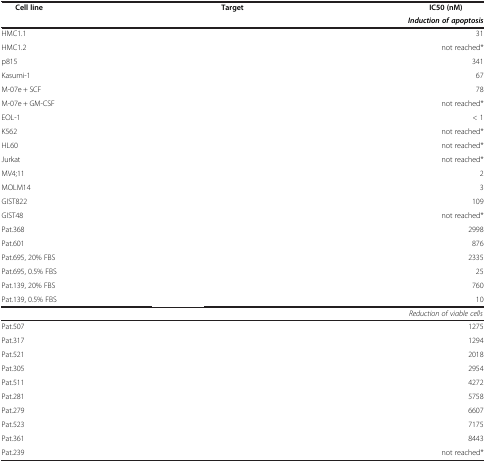
<table><thead><tr><td><b>Cell line</b></td><td><b>Target</b></td><td><b>IC50 (nM)</b></td></tr><tr><td>[EMPTY_CELL]</td><td>[EMPTY_CELL]</td><td><b><i>Induction of apoptosis</i></b></td></tr></thead><tbody><tr><td>HMC1.1</td><td>[EMPTY_CELL]</td><td>31</td></tr><tr><td>HMC1.2</td><td>[EMPTY_CELL]</td><td>not reached*</td></tr><tr><td>p815</td><td>[EMPTY_CELL]</td><td>341</td></tr><tr><td>Kasumi-1</td><td>[EMPTY_CELL]</td><td>67</td></tr><tr><td>M-07e + SCF</td><td>[EMPTY_CELL]</td><td>78</td></tr><tr><td>M-07e + GM-CSF</td><td>[EMPTY_CELL]</td><td>not reached*</td></tr><tr><td>EOL-1</td><td>[EMPTY_CELL]</td><td>&lt; 1</td></tr><tr><td>K562</td><td>[EMPTY_CELL]</td><td>not reached*</td></tr><tr><td>HL60</td><td>[EMPTY_CELL]</td><td>not reached*</td></tr><tr><td>Jurkat</td><td>[EMPTY_CELL]</td><td>not reached*</td></tr><tr><td>MV4;11</td><td>[EMPTY_CELL]</td><td>2</td></tr><tr><td>MOLM14</td><td>[EMPTY_CELL]</td><td>3</td></tr><tr><td>GIST822</td><td>[EMPTY_CELL]</td><td>109</td></tr><tr><td>GIST48</td><td>[EMPTY_CELL]</td><td>not reached*</td></tr><tr><td>Pat.368</td><td>[EMPTY_CELL]</td><td>2998</td></tr><tr><td>Pat.601</td><td>[EMPTY_CELL]</td><td>876</td></tr><tr><td>Pat.695, 20% FBS</td><td>[EMPTY_CELL]</td><td>2335</td></tr><tr><td>Pat.695, 0.5% FBS</td><td>[EMPTY_CELL]</td><td>25</td></tr><tr><td>Pat.139, 20% FBS</td><td>[EMPTY_CELL]</td><td>760</td></tr><tr><td>Pat.139, 0.5% FBS</td><td>[EMPTY_CELL]</td><td>10</td></tr><tr><td>[EMPTY_CELL]</td><td>[EMPTY_CELL]</td><td><i>Reduction of viable cells</i></td></tr><tr><td>Pat.507</td><td>[EMPTY_CELL]</td><td>1275</td></tr><tr><td>Pat.317</td><td>[EMPTY_CELL]</td><td>1294</td></tr><tr><td>Pat.521</td><td>[EMPTY_CELL]</td><td>2018</td></tr><tr><td>Pat.305</td><td>[EMPTY_CELL]</td><td>2954</td></tr><tr><td>Pat.511</td><td>[EMPTY_CELL]</td><td>4272</td></tr><tr><td>Pat.281</td><td>[EMPTY_CELL]</td><td>5758</td></tr><tr><td>Pat.279</td><td>[EMPTY_CELL]</td><td>6607</td></tr><tr><td>Pat.523</td><td>[EMPTY_CELL]</td><td>7175</td></tr><tr><td>Pat.361</td><td>[EMPTY_CELL]</td><td>8443</td></tr><tr><td>Pat.239</td><td>[EMPTY_CELL]</td><td>not reached*</td></tr></tbody></table>